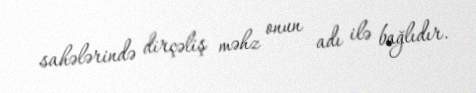
sahələrində dirçəliş məhz onun adı ilə bağlıdır.